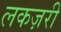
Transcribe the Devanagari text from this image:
लकज़री